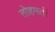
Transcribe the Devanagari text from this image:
तोहमतों